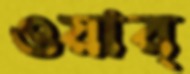
ওয়ার্